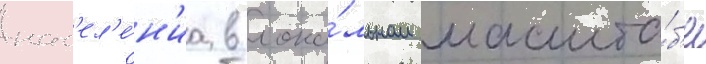
нас'ел'е́н'иа в лока́льном масшта́б'е